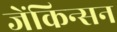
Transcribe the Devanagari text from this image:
जेंकिन्सन